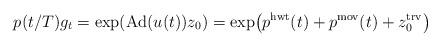
\begin{align*}p(t/T) g_t=\exp(\mathrm{Ad}(u(t))z_0)=\exp\bigl(p^{\rm hwt}(t) + p^{\rm mov}(t)+z_0^{\rm trv}\bigr)\end{align*}